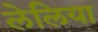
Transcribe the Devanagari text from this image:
लेलिया